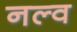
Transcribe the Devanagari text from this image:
नल्व